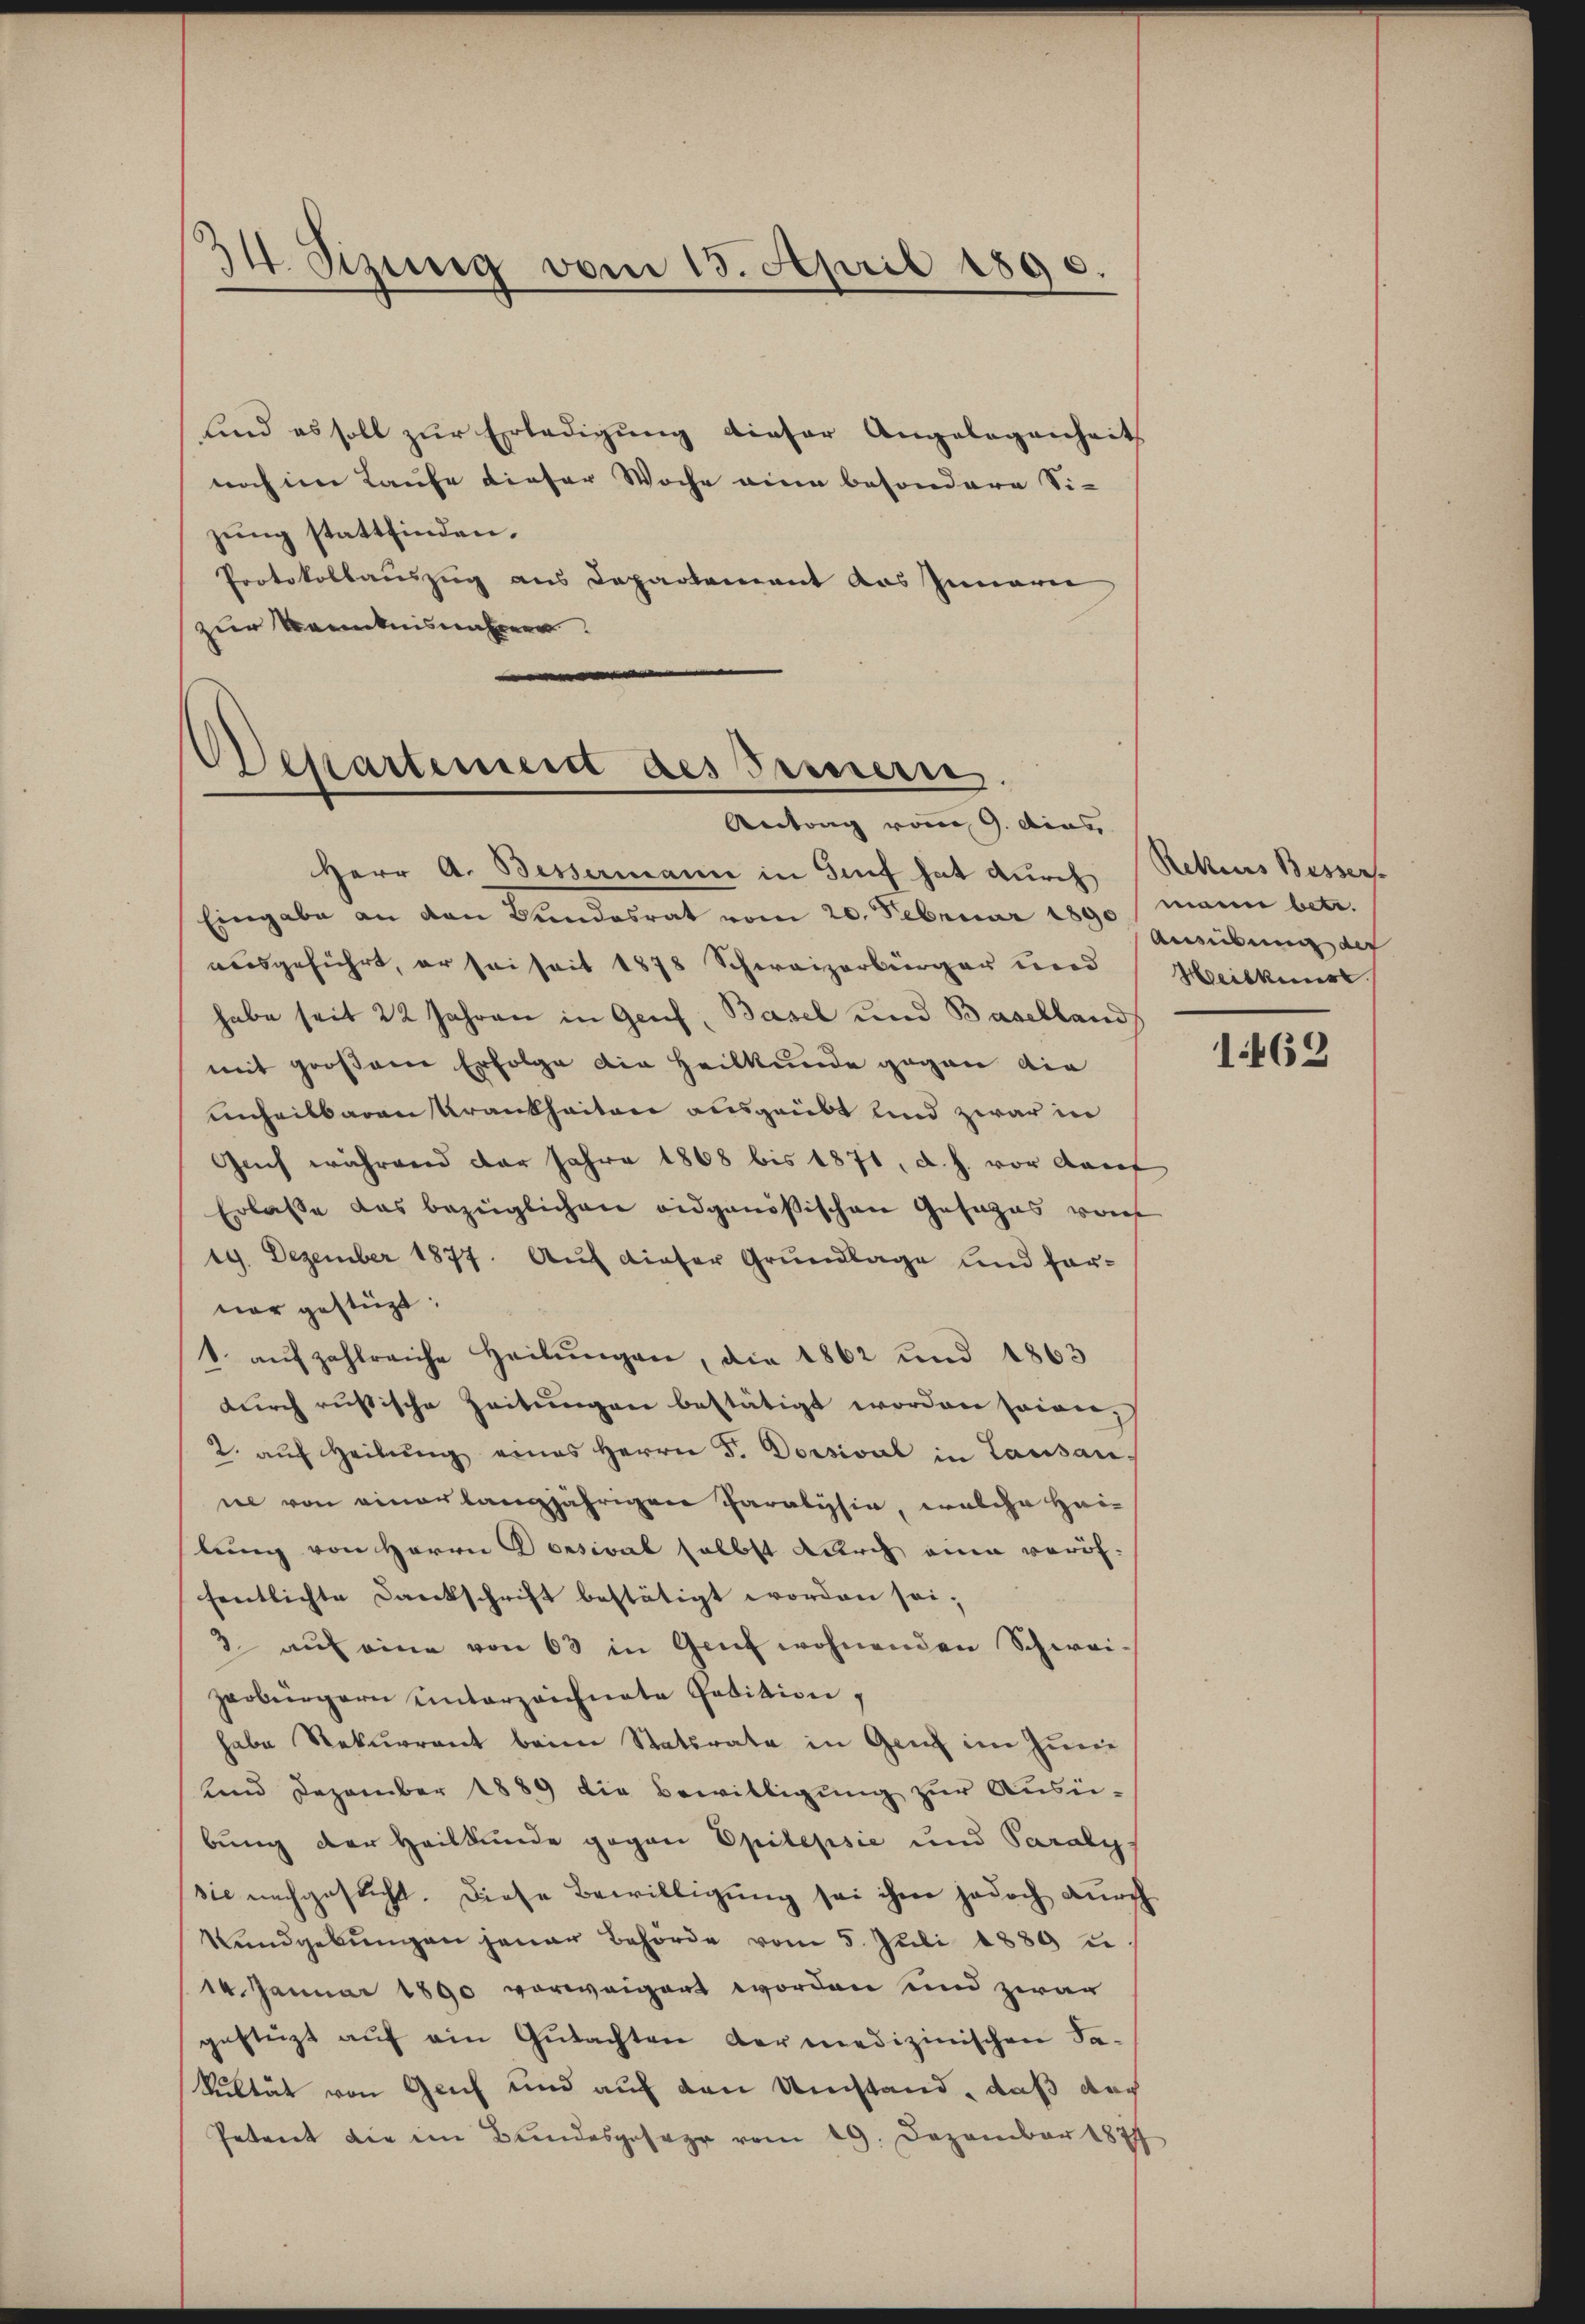
34. Sizung vom 13. April 1890.

sind es soll zur Erledigung dieser Angelegenheit
noch im Laufe dieser Woche eine besondere Sizung stattfinden.
Protokollauszug aus Departement das Innerei
zur Kenntnisnahmen

Departement des Innern.
Antrag vom 9. dies

Herr A. Bessermann in Genf hat durch Rekurs Besser.
Eingabe an den Wundesrat vom 20. Februar 1890 mann betr.
nausgeführt, er sei seit 1878 Schweizerbürger und
habe seit 22 Jahren in Genf, Basel und Baselland
mit großene Erfolge die Heilkunde gegen die
unheilbaren Krankheiten ausgeübt und zwar in
Guch während der Jahre 1868 bis 1871, d. h. vor darf
Erlasse das bezüglichen eidgenößischen Gesages von
19. Dezember 1877. Auf dieser Grundlage und forner gestüzt:
1. aŭfzahlreiche Heilŭngen, die 1862 und 1863
durch russische Zeitungen bestätigt worden seine,
2. auf Heilung eines Herrn Fr. Dorsical in Lausan
iel von einer langjährigen Paralysie, welche Heilung von Herrn Porsival selbst durch eine veröffentlichte Dankschrift bestätigt worden sei;
2. aŭf eine von 63 in Genf wohnenden Schwei-
zerbürgern unterzeichnete Petition,
habe Rekurrent beim Statirate in Genf im Jurie
und Dezember 1889 die Bewilligŭng zŭr Aŭsei-
bung der Heilkunde gegen Epilepsie und Paralys
sie nachgesucht. Diese Bewilligung sei ihme jedoch durch
Rundgebŭngen jener Behörde vom 5. Jŭli 1889 u.
14. Januar 1890 vorweigert worden und zwar
gestüzt aŭf ein Gutachten der medizinischen Fa¬
Sultät von Genf und auf den Umstand, daß doch
Petent die im Bundesgesage vom 19. Dezember 1877

Ausübung der
Heilkuns

1462